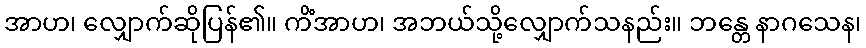
အာဟ၊ လျှောက်ဆိုပြန်၏။ ကိံအာဟ၊ အဘယ်သို့လျှောက်သနည်း။ ဘန္တေ နာဂသေန၊